Leaving Certificate Examination (including Day School Certificate (Higher) General paper), 1937
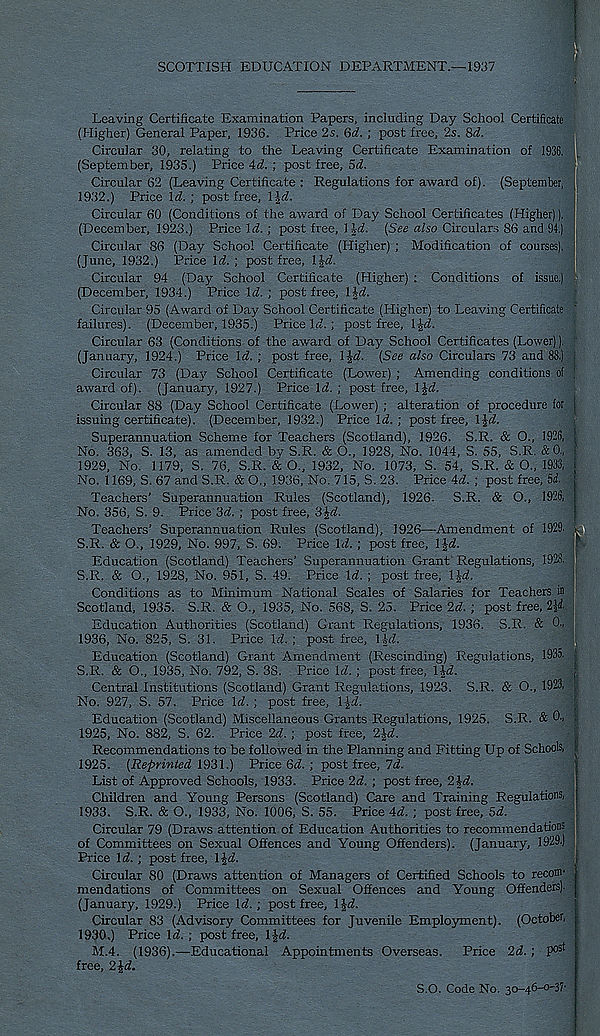
SCOTTISH EDUCATION DEPARTMENT.—1937
Leaving Certificate Examination Papers, including Day School Certificate
(Higher) General Paper, 1936. Price 2s. 6d. ; post free, 2s. 8A
Circular 30, relating to the Leaving Certificate Examination of 1936.
(September, 1935.) Price \d. ; post free, 5d.
Circular 62 (Leaving Certificate : Regulations for award of). (September,
1932.) Price W. ; post free, IJrf.
Circular 60 (Conditions of the award of Day School Certificates (Higher)).
(December, 1923.) Price W.; post free, 1
(S«« a/so Circulars 86 and 94.)
Circular 86 (Day School Certificate (Higher) ; Modification of courses).
(June, 1932.) Price Id. ; post free, l^d.
Circular 94 (Day School Certificate (Higher) : Conditions of issue.)
(December, 1934.) Price Id. ; post free, lid.
Circular 95 (Award of Day School Certificate (Higher) to Leaving Certificate
failures). (December, 1935.) Price If/, ; post free, l£d.
Circular 63 (Conditions of the award of Day School Certificates (Lower)).
(January, 1924.) Price Id. ; post free, l%d. (See also Circulars 73 and 88.)
Circular 73 (Da*v School Certificate (Lower) ; Amending conditions of
award of). (January, 1927.) Price Id; post free, l£d
Circular 88 (Day School Certificate (Lower) ; alteration of procedure for
issuing certificate). (December, 1932.) Price Id; post-free, \\d.
Superannuation Scheme for Teachers (Scotland), 1926. S.R. & O., 1926,
No. 363, S. 13, as amended by S.R. & O., 1928, No. 1044, S. 55, S.R. &0.,
1929, No. 1179, S. 76, S.R. & O., 1932, No. 1073, S. 54, S.R. & O., 1933,
No. 1169, S. 67 and S.R. & O., 1936, No. 715, S. 23. Price 4d ; post free, 5<i.
Teachers’ Superannuation Rules (Scotland), 1926- S.R. & O., 1926,
No. 356, S. 9. Price 3d. ; post free, 3£d
Teachers’ Superannuation Rules (Scotland), 1926—Amendment of 1929.
S.R. & O., 1929, No. 997, S. 69. Price Id ; post free, IJ-d
!
Education (Scotland) Teachers’ Superannuation Grant Regulations, 1928.
S.R. & O., 1928, No. 951, S. 49. Price Id. ; post free, l£d
Conditions as to Minimum National Scales of Salaries for Teachers in
Scotland, 1935. S.R. & O., 1935, No. 568, S. 25. Price 2d. ; post free, 2%d.
Education Authorities (Scotland) Grant Regulations, 1936. S.R. & 0->
1936, No. 825, S. 31. Price Id. ; post free, lid.
Education (Scotland) Grant Amendment (Rescinding) Regulations, 1935. ;
S.R. & O., 1935, No. 792, S. 38. Price Id. ; post free, Tid.
Central Institutions (Scotland) Grant Regulations, 1923. S.R. & O., 1923. |
No. 927, S. 57. Price Id. ; post free, l£d
Education (Scotland) Miscellaneous Grants Regulations, 1925. S.R. & 0.,
1925, No. 882, S. 62. Price 2d. ; post free, 2£d.
Recommendations to be followed in the Planning and Fitting Up of Schools,
1925. (Reprinted 1931.) Price 6d. ; post free, Id.
List of Approved Schools, 1933. Price 2d. ; post free, 2 id.
Children and Young Persons (Scotland) Care and Training Regulations,
1933. S.R. & O., 1933, No. 1006, S. 55. Price 4d. ; post free, 5d.
Circular 79 (Draws attention of Education Authorities to recommendations
of Committees on Sexual Offences and Young Offenders). (January, 1929-)
Price Id. ; post free, IJd.
Circular 80 (Draws attention of Managers of Certified Schools to recoffl'
mendations of Committees on Sexual Offences and Young Offenders)-
(January, 1929.) Price Id.; post free, lid.
Circular 83 (Advisory Committees for Juvenile Employment). (October,
1930.) Price Id. ; post free, IJd.
M.4. (1936).—Educational Appointments Overseas. Price 2d. ; P°s t
free, 2£d.
S.O. Code No. 3o-46-0'37'